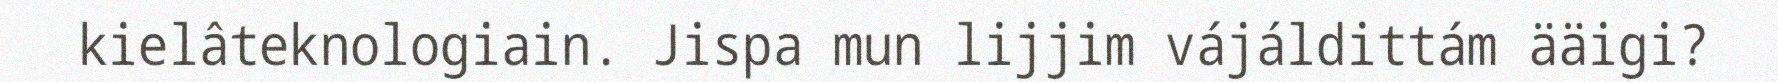
kielâteknologiain. Jispa mun lijjim vájáldittám ääigi?